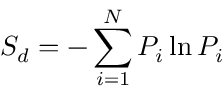
S _ { d } = - \sum _ { i = 1 } ^ { N } P _ { i } \ln { P _ { i } }